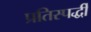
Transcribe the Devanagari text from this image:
प्रतिस्पर्द्धी